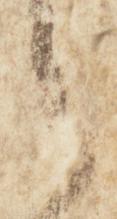
候